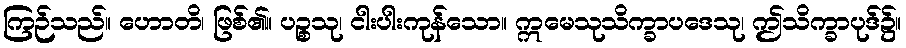
ကြဉ်သည်။ ဟောတိ၊ ဖြစ်၏။ ပဉ္စသု၊ ငါးပါးကုန်သော။ ဣမေသုသိက္ခာပဒေသု၊ ဤသိက္ခာပုဒ်၌။